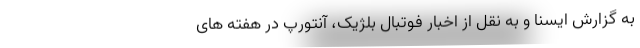
به گزارش ایسنا و به نقل از اخبار فوتبال بلژیک، آنتورپ در هفته های